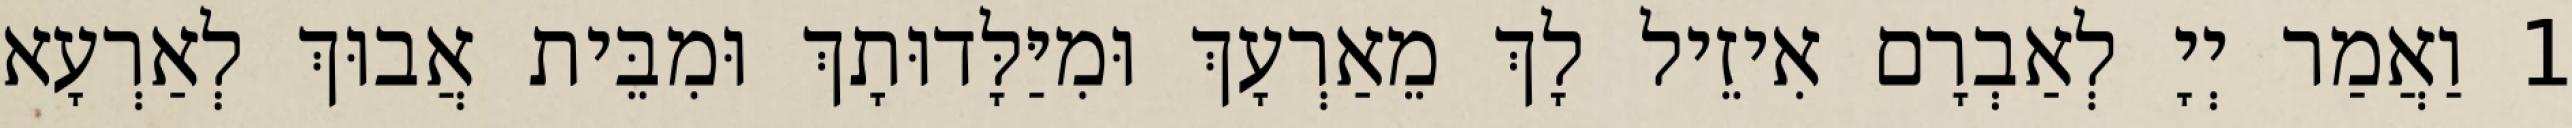
1 וַאֲמַר יְיָ לְאַבְרָם אִיזֵיל לָךְ מֵאַרְעָךְ וּמִיַּלָּדוּתָךְ וּמִבֵּית אֲבוּךְ לְאַרְעָא